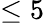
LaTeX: \leq 5